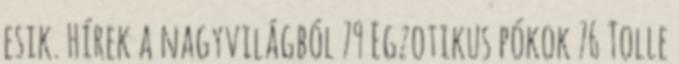
esik. Hírek a nagyvilágból 79 Egzotikus pókok 76 Tolle